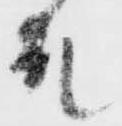
殿